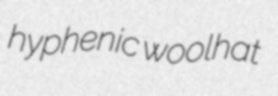
hyphenic woolhat